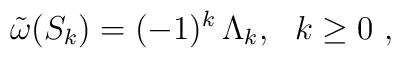
\tilde{\omega}(S_k) = (-1)^{k}\, \Lambda_k,\ \ k\geq 0\ ,